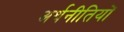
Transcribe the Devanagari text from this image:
अर्थनीतियों